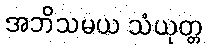
အဘိသမယ သံယုတ္တ